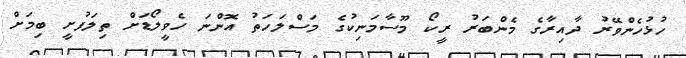
ހުޅުހެންވޭރު ދާއިރާގެ މެންބަރު ރީކޯ މޫސާމަނިކުގެ މަސްލަހަތު އޮންނަ ހެވީލޯޑަށް ތިލަފުށީ ބިމަށް